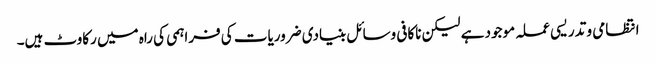
انتظامی و تدریسی عملہ موجود ہے لیکن ناکافی وسائل بنیادی ضروریات کی فراہمی کی راہ میں رکاوٹ ہیں۔